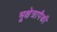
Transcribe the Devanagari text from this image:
भूक्षेत्रापैकी